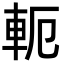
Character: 軛